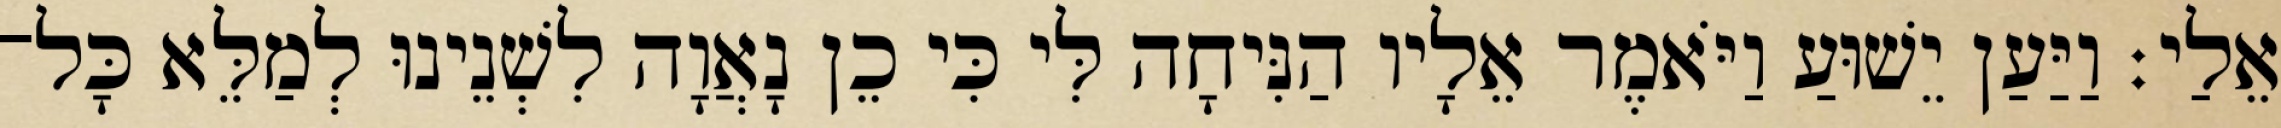
אֵלַי׃ וַיַּעַן יֵשׁוּעַ וַיֹּאמֶר אֵלָיו הַנִּיחָה לִּי כִּי כֵן נָאֲוָה לִשְׁנֵינוּ לְמַלֵּא כָּל־